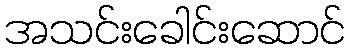
အသင်းခေါင်းဆောင်